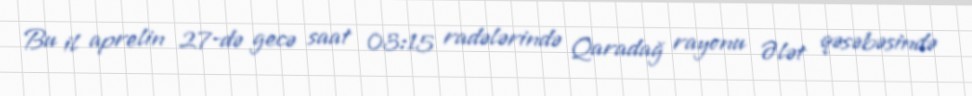
Bu il aprelin 27-də gecə saat 03:15 radələrində Qaradağ rayonu Ələt qəsəbəsində